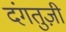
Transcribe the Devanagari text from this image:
दंगतुज़ी